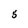
Character: 5